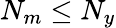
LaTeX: N_{m}\leq N_{y}